Rangoon Lunatic Asylum 1878-1892 - 1878-1892
Year: 1878
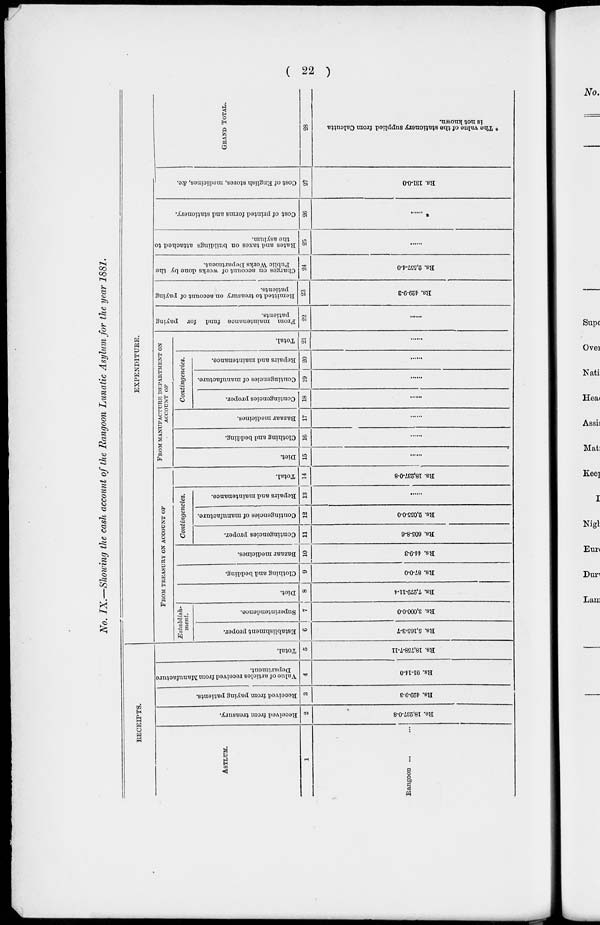
( 22 )
No. IX.—Showing the cash account of the Rangoon Lunatic Asylum for the year 1881.
RECEIPTS.
ASYLUM.
1
Rangoon ... ...
Received from treasury.
2
Rs. 18,237-0-8
Received from paying patients.
3
Rs. 429-9-3
Value of articles received from Manufacture
Department.
4
Rs. 91-14-0
Total.
5
Rs. 18,758-7-11
EXPENDITURE.
FROM TREASURY ON ACCOUNT OF
Establisli-
ment.
Establishment proper.
6
Rs. 5,165-3-7
Superintendence.
7
Rs. 3,000-0-0
Diet.
8
Rs. 7,279-11-4
Clothing and bedding.
9
Rs. 87-0-0
Bazaar medicines.
10
Rs. 44-9-3
Contingencies.
Contingencies proper.
11
Rs. 605-8-6
Contingencies of manufacture.
12
Rs. 2,055-0-0
Repairs and maintenance.
13
......
Total.
14
Rs. 18,237-0-8
FROM MANUFACTURE DEPARTMENT ON
ACCOUNT OF
Diet.
15
...
Clothing and bedding.
16
...
Bazaar medicines.
17
...
Contingencies.
Contingencies proper.
18
...
Contingencies of manufacture.
19
...
Repairs and maintenance.
20
...
Total.
21
...
From maintenance fund for paying
patients.
22
...
Remitted to treasury on account of paying
patients.
23
Rs. 429-9-3
Charges on account of works done by the
Public Works Department.
24
Rs. 2,557-4-0
Rates and taxes on buildings attached to
the asylum.
25
......
Cost of printed forms and stationery.
26
*......
Cost of English stores, medicines, &c.
27
Rs. 131-0-0
GRAND TOTAL.
28
* The value of the stationery supplied from Calcutta
is not known.